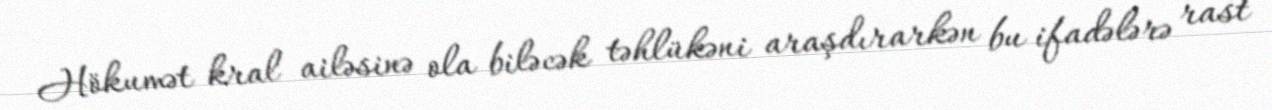
Hökumət kral ailəsinə ola biləcək təhlükəni araşdırarkən bu ifadələrə rast